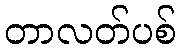
တာလတ်ပစ်